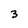
Character: 3